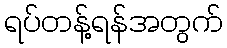
ရပ်တန့်ရန်အတွက်